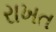
રાખત